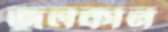
জুলকান